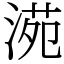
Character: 𣸱